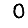
Digit: 0